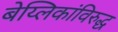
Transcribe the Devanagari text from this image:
बेय्लिकांविरुद्ध